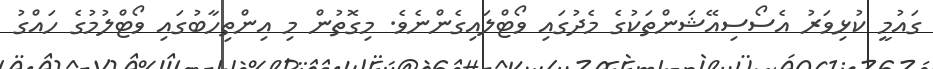
ގައުމީ ކުޅިވަރު އެސޯސިއޭޝަންތަކުގެ މެދުގައި ވޯޓްލައިގެންނެވެ. މިގޮތުން މި އިންތިހާބުގައި ވޯޓްލުމުގެ ހައްގު